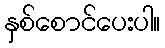
နှစ်စောင်ပေးပါ။